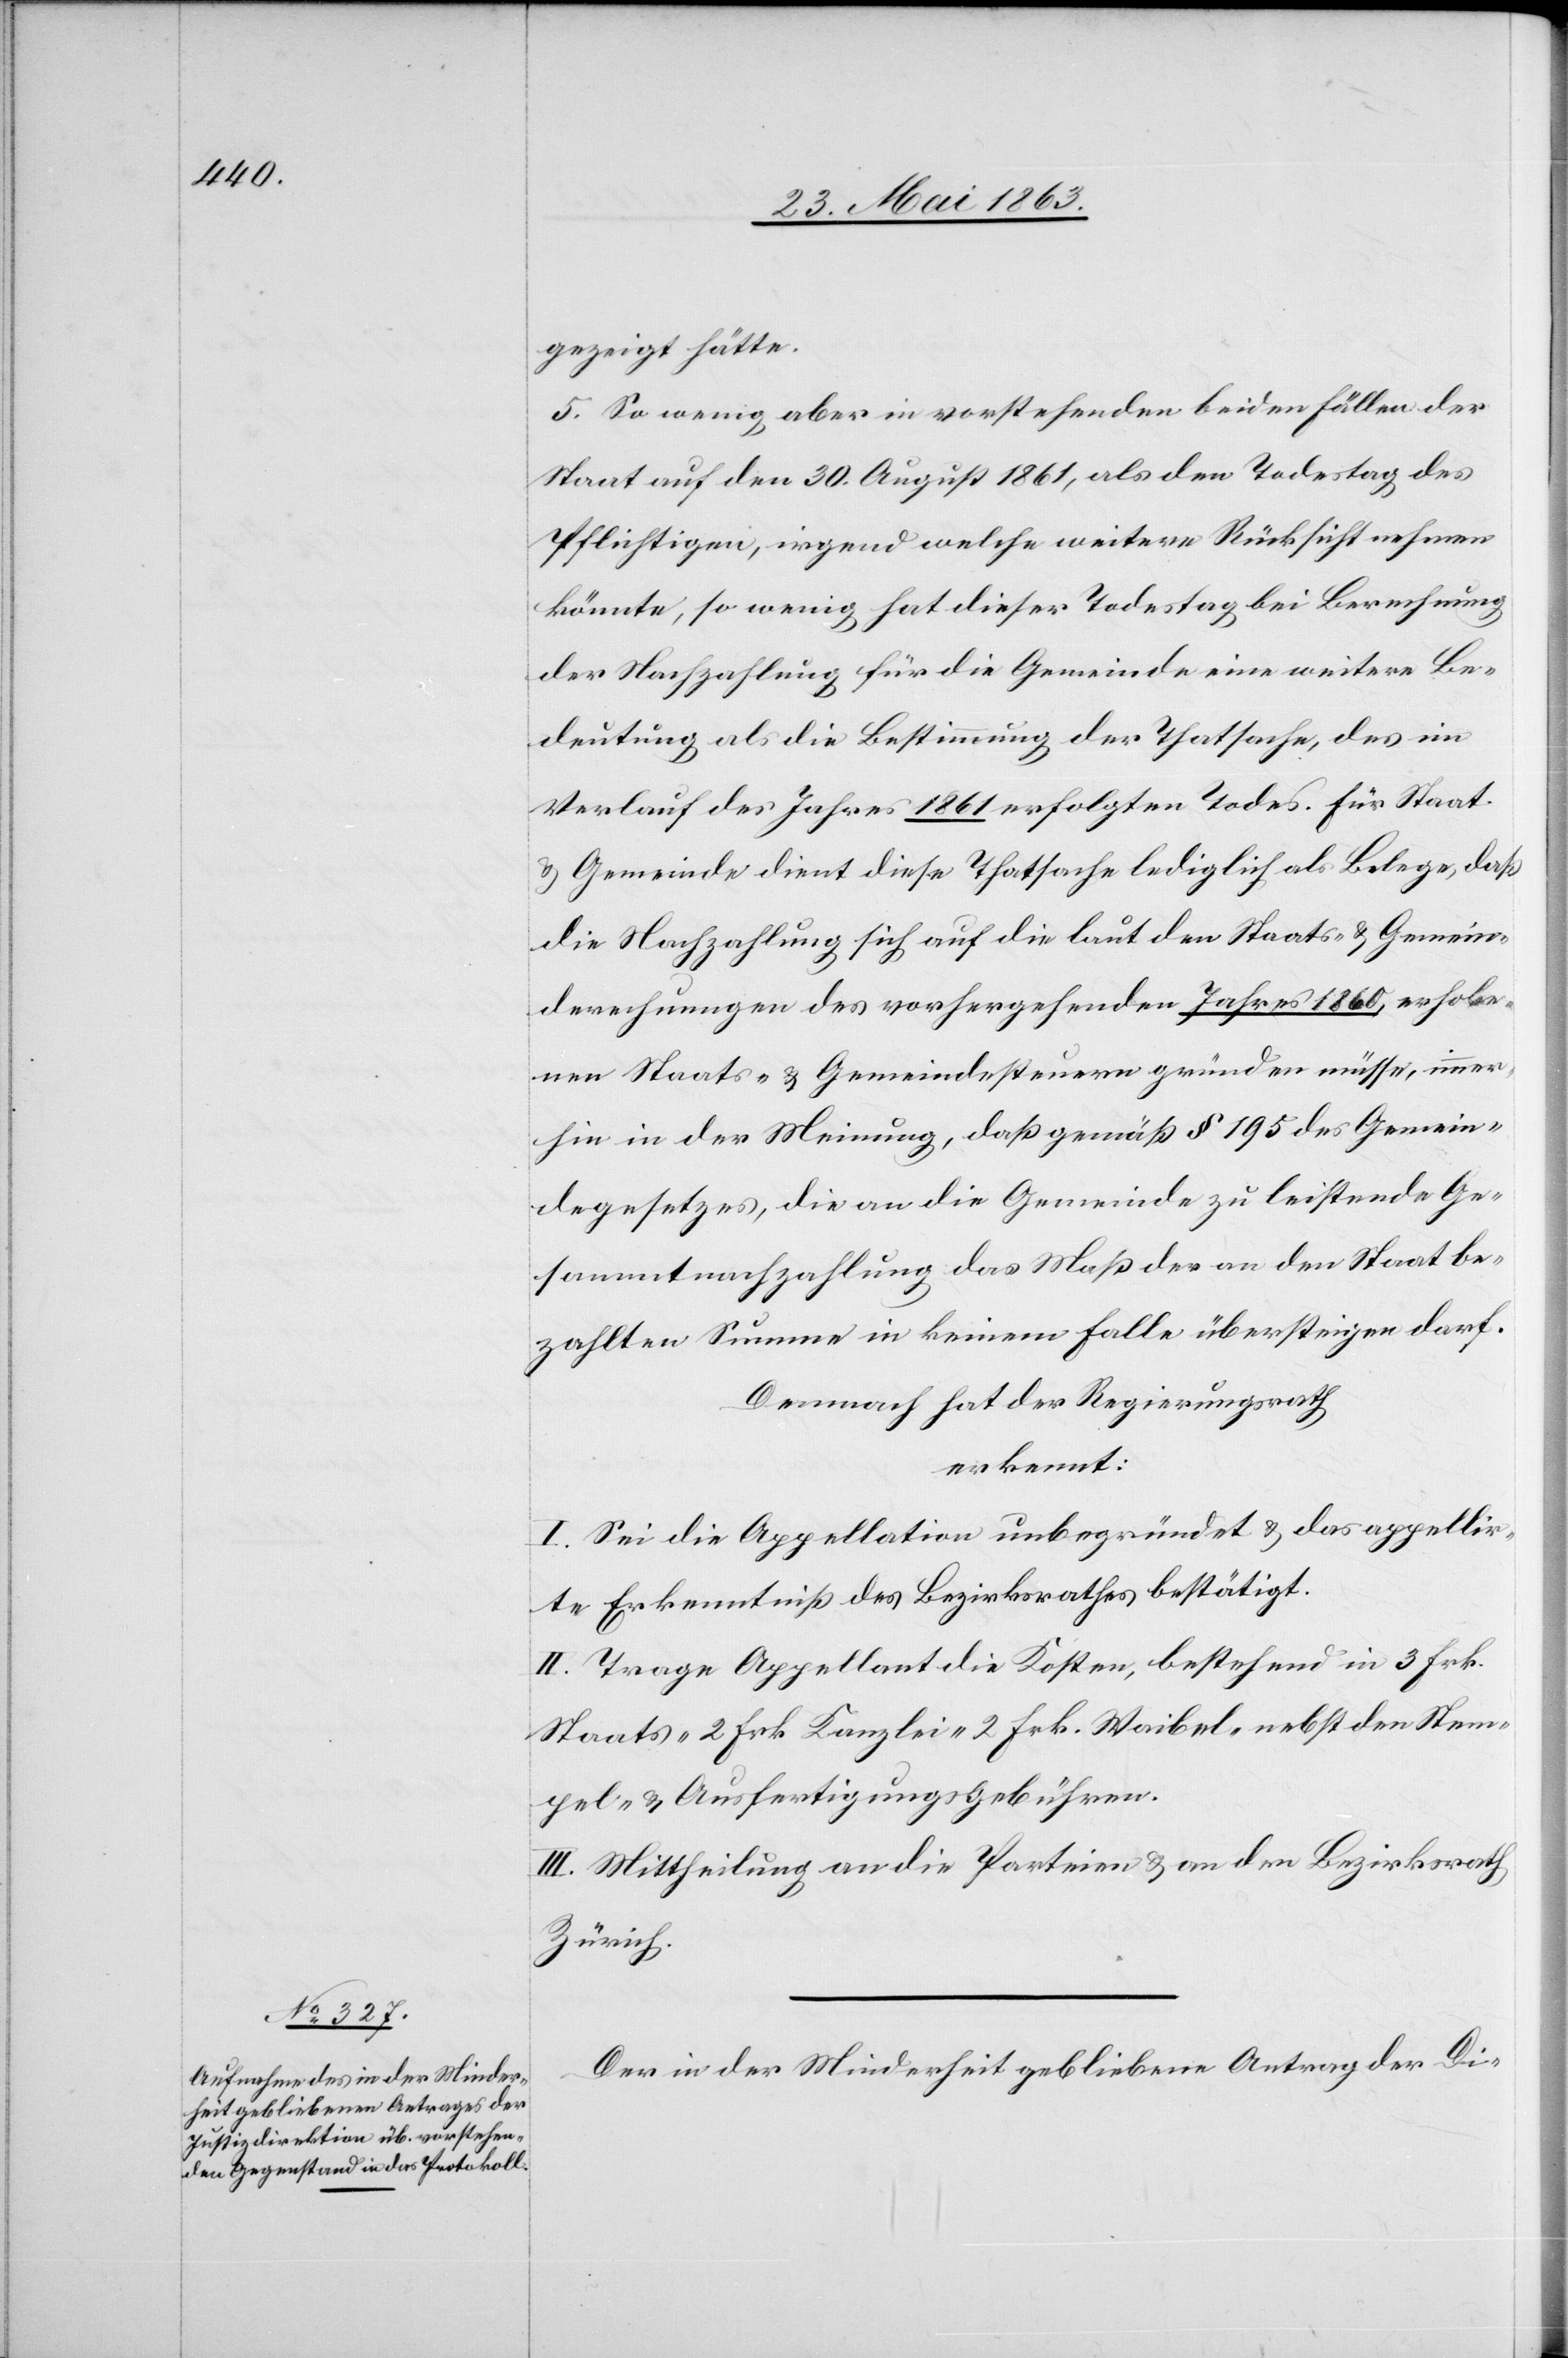
gezeigt hätte.
5. So wenig aber in vorstehenden beiden Fällen der
Staat auf den 30. August 1861, als den Todestag des
Pflichtigen, irgend welche weitere Rücksicht nehmen
könnte, so wenig hat dieser Todestag bei Berechnung
der Nachzahlung für die Gemeinde eine weitere Be¬
deutung als die Bestimmung der Thatsache, des im
Verlauf des Jahres 1861 erfolgten Todes. Für Staat
& Gemeinde dient diese Thatsache lediglich als Belege, daß
die Nachzahlung sich auf die laut den Staats- & Gemein¬
derechnungen des vorhergehenden Jahres 1860, erhobe¬
nen Staats- & Gemeindesteuern gründen müsse, immer¬
hin in der Meinung, daß gemäß § 195 des Gemein¬
degesetzes, die an die Gemeinde zu leistende Ge¬
sammtnachzahlung das Maß der an den Staat be¬
zahlten Summe in keinem Falle übersteigen darf.
Demnach hat der Regierungsrath
erkennt:
I. Sei die Appellation unbegründet & das appellir¬
te Erkenntniß des Bezirksrathes bestätigt.
II. Trage Appellant die Kosten, bestehend in 3 Frk.
Staats-[,] 2 Frk. Kanzlei-[,] 2 Frk. Waibel- nebst den Stem¬
pel- & Ausfertigungsgebühren.
III. Mittheilung an die Parteien & an den Bezirksrath
Zürich.
Der in der Minderheit gebliebene Antrag der Di-